Leaving Certificate Examination, 1916
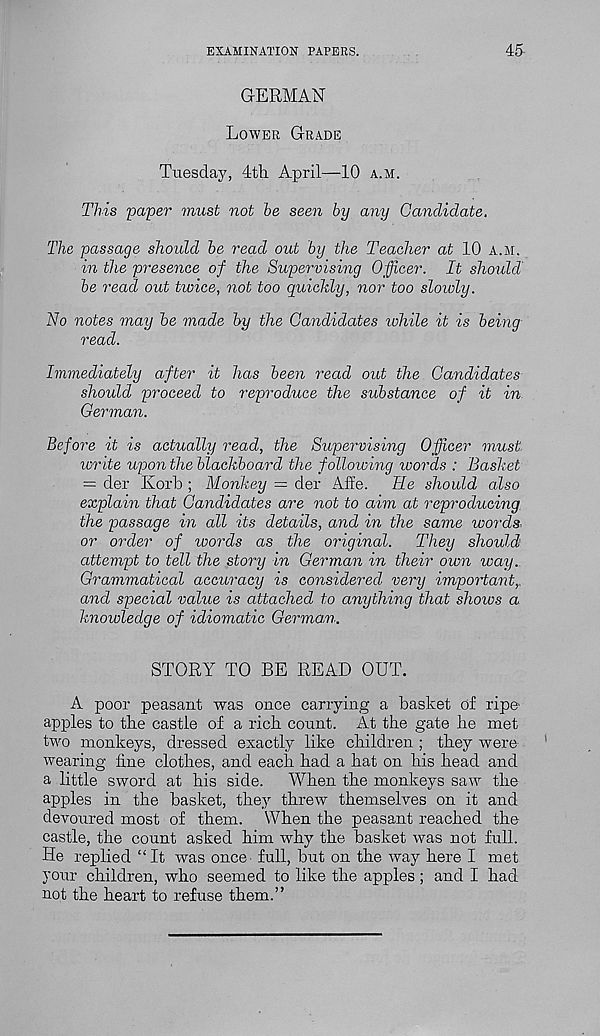
EXAMINATION PAPERS.
45
GERMAN
Lower Grade
Tuesday, 4th. April—10 a.m.
This paper must not be seen by any Candidate.
The passage should be read out by the Teacher at 10 a.m,
in the presence of the Supervising Officer. It should'
be read out twice, not too quickly, nor too slowly.
No notes may be made by the Candidates while it is being
read.
Immediately after it has been read out the Candidates
should proceed to reproduce the substance of it in
German.
Before it is actually read, the Supervising Officer must
write upon the blackboard the following words : Basket
= der Ivorb ; Monkey = der Affe. He should also
explain that Candidates are not to aim at reproducing,
the passage in all its details, and in the same words,
or order of words as the original.
They should
attempt to tell the story in German in their own way..
Grammatical accuracy is considered very important,,
and special value is attached to anything that shows a
knowledge of idiomatic German.
STORY TO BE READ OUT.
A poor peasant was once carrying a basket of ripe
apples to the castle of a rich count. At the gate he met
two monkeys, dressed exactly like children ; they were
wearing fine clothes, and each had a hat on his head and
a little sword at his side.
When the monkeys saw the
apples in the basket, they threw themselves on it and
devoured most of them. When the peasant reached the
castle, the count asked him why the basket was not full.
He replied “ It was once full, but on the way here I met
your children, who seemed to like the apples; and I had
not the heart to refuse them.”